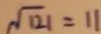
\sqrt { 1 2 1 } = 1 1